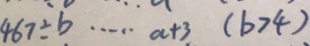
4 6 7 \div b \cdots a + 3 ( b > 4 ) 、